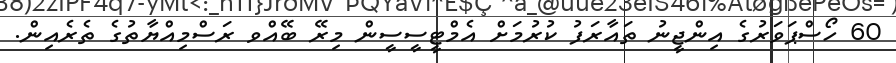
60 ހޯސްޕަވަރުގެ އިންޖީނު ތައާރަފު ކުރުމަށް އެމްޓީސީސީން މިރޭ ބޭއްވ ރަސްމިއްޔާތުގެ ތެރެއިން.